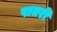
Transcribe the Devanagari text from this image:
पातरी